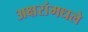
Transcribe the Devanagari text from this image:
अक्षरांमधले